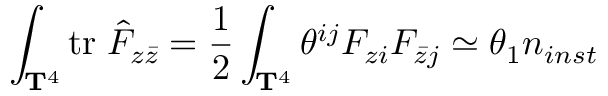
\int _ { { \bf T } ^ { 4 } } \mathrm { t r } \; \hat { F } _ { z \bar { z } } = { \frac { 1 } { 2 } } \int _ { { \bf T } ^ { 4 } } \theta ^ { i j } F _ { z i } F _ { \bar { z } j } \simeq \theta _ { 1 } n _ { i n s t }